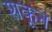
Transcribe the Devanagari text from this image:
शकून